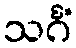
သင်္ဂံ